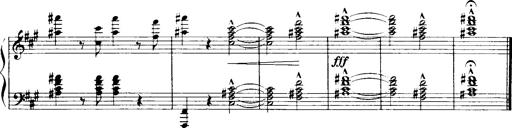
Title: Historische ungarische Bildnisse
Composer: Franz Liszt